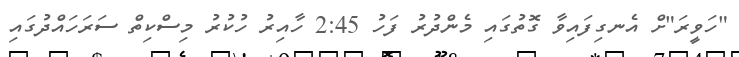
"ހަވީރަ"ށް އެނގިފައިވާ ގޮތުގައި މެންދުރު ފަހު 2:45 ހާއިރު ހުކުރު މިސްކިތް ސަރަހައްދުގައި